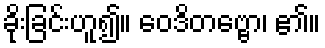
ခိုးခြင်းဟူ၍။ ဝေဒိတဗ္ဗော၊ ၏။